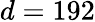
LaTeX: d=192